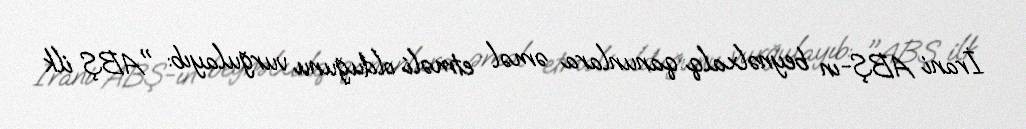
İrani ABŞ-ın beynəlxalq qanunlara əməl etməli olduğunu vurğulayıb: "ABŞ ilk